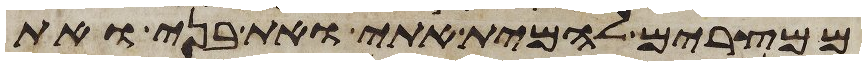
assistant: ממצרים להמית אתי ואת בני ואת